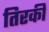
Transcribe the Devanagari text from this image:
तिरकी